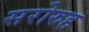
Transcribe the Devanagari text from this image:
सरोरुह